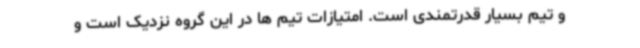
و تیم بسیار قدرتمندی است. امتیازات تیم ها در این گروه نزدیک است و